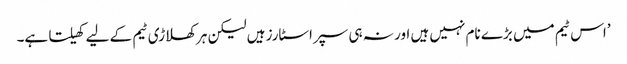
’اس ٹیم میں بڑے نام نہیں ہیں اور نہ ہی سپراسٹارز ہیں لیکن ہر کھلاڑی ٹیم کے لیے کھیلتا ہے۔